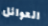
العوائل